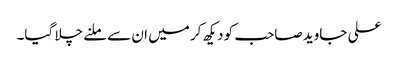
علی جاوید صاحب کو دیکھ کر میں ان سے ملنے چلا گیا۔